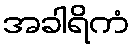
အခါရိကံ